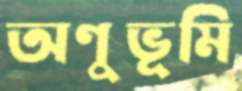
অণুভূমি